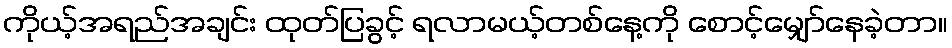
ကိုယ့်အရည်အချင်း ထုတ်ပြခွင့် ရလာမယ့်တစ်နေ့ကို စောင့်မျှော်နေခဲ့တာ။